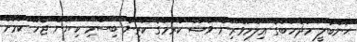
ޙަންބަލީ މަޛްހަބުގެ ޢިލްމުވެރިން ވުޟޫ ކުރުމުގެ ކުރިން ބިސްމި ކިޔަން ޖެހޭ ކަމަށް